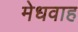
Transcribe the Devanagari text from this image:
मेधवाह